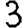
Digit: 3